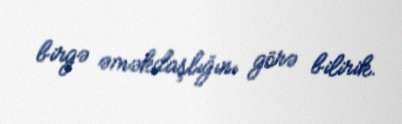
birgə əməkdaşlığını görə bilirik.